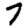
Digit: 7